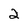
Character: 2